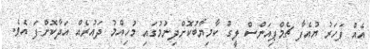
އެއް ފަހަރު ޔުއެފާ ޗެމްޕިއަންސް ލީގު ކާމިޔާބުކޮށްދިނުމުގައި މުހިއްމު ދައުރެއް އަދާކޮށްފަ އެވެ.